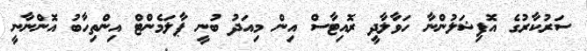
ސަރުކާރުގެ އޮފިޝަލުންނާ ހަވާލާދީ ރޮއިޓާސް އިން މިއަދު ބުނީ ޕާލަމެންޓް އިންތިހާބު އޮންނާނީ